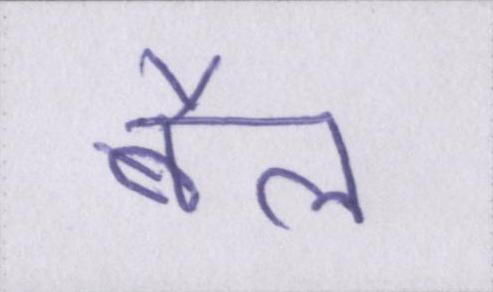
बैल